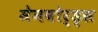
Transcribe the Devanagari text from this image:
मेनबोर्ड्स